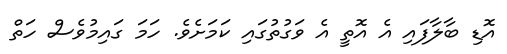
އޮޑި ބާލާފައި އެ އޮތީ އެ ވަގުތުގައި ކަމަށެވެ. ހަމަ ގައިމުވެސް ހަތް